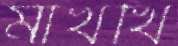
মাখখি